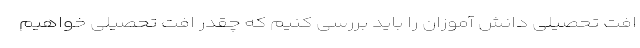
افت تحصیلی دانش آموزان را باید بررسی کنیم که چقدر افت تحصیلی خواهیم